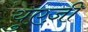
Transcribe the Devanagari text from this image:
युएज़ी